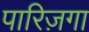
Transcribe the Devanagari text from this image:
पारिज़गा